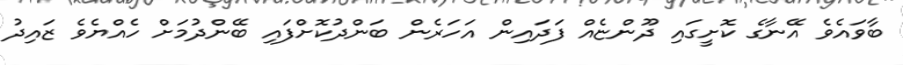
ބާވައެވެ އޭނާގެ ކޮށީގައި ދޫންޏެއް ފަދައިން އަހަރެން ބަންދުކޮށްފައި ބޭންދުމަށް ހެއްޔެވެ ޒައިދު